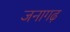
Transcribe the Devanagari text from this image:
जनागढ़